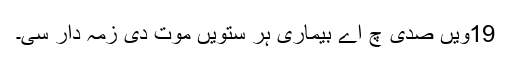
19ویں صدی چ اے بیماری ہر ستویں موت دی زمہ دار سی۔